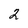
Character: 2